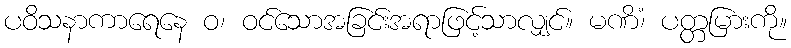
ပဝိသနာကာရေနေ ဝ၊ ဝင်သောအခြင်းအရာဖြင့်သာလျှင်။ မဏိံ၊ ပတ္တမြားကို။